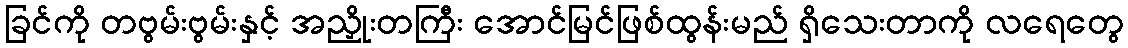
ခြင်ကို တဗွမ်းဗွမ်းနှင့် အညှိုးတကြီး အောင်မြင်ဖြစ်ထွန်းမည် ရှိသေးတာကို လရေတွေ